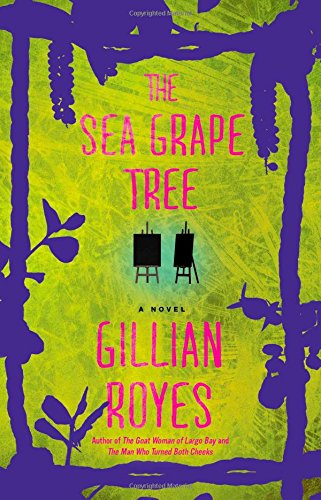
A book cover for The Sea Grape Tree: A Novel (A Shadrack Myers Mystery); Gillian Royes; Mystery, Thriller & Suspense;